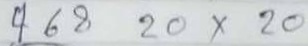
468 20 x 20